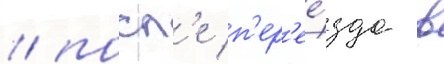
/ посл'е п'ер'ее́зда в